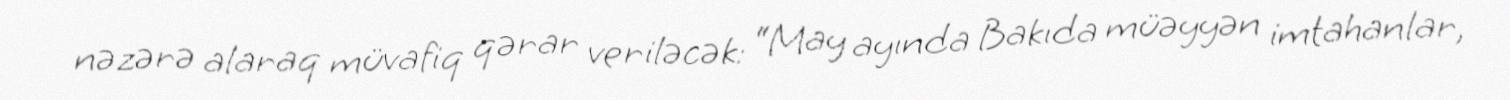
nəzərə alaraq müvafiq qərar veriləcək: “May ayında Bakıda müəyyən imtahanlar,